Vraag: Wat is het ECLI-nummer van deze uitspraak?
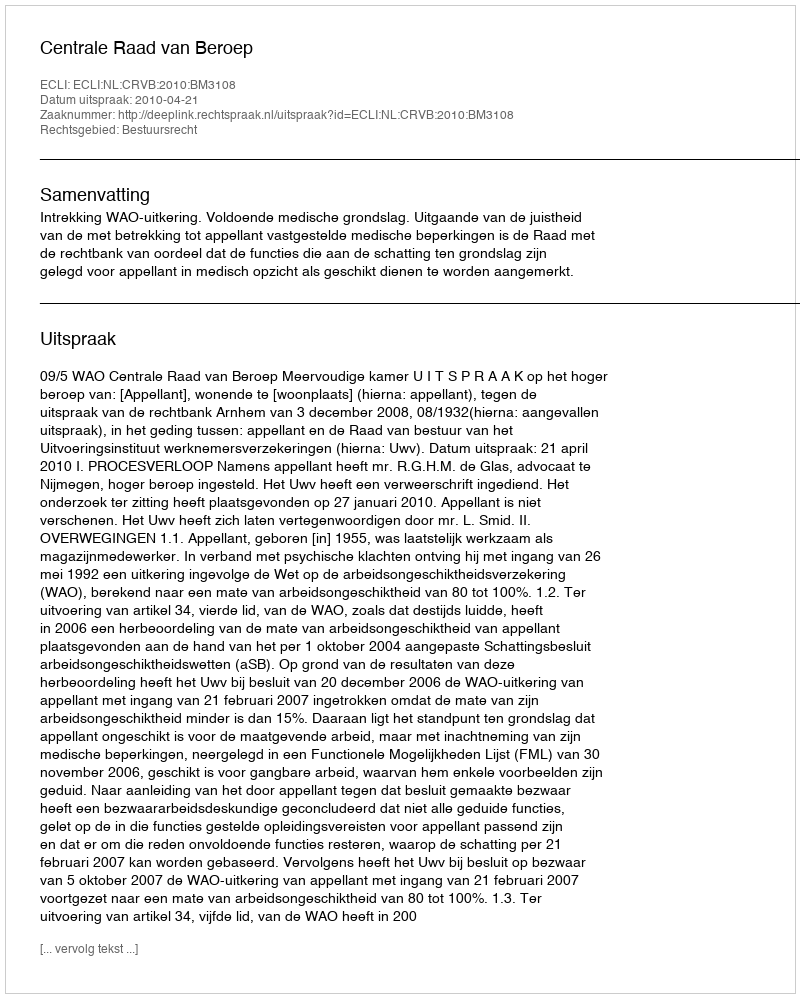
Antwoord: ECLI:NL:CRVB:2010:BM3108